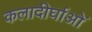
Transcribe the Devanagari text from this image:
कलादीर्घाओं